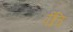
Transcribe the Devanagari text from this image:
वींचि